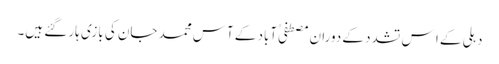
دہلی کے ا س تشدد کے دوران مصطفی ٰآباد کے آس محمد جان کی بازی ہار گئے ہیں۔